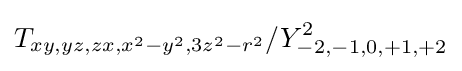
T_{xy,yz,zx,x^{2}-y^{2},3z^{2}-r^{2}}/Y_{-2,-1,0,+1,+2}^{2}